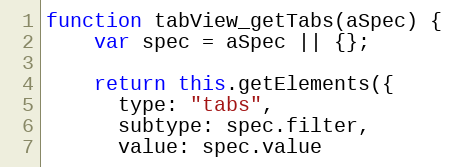
Language: JavaScript
function tabView_getTabs(aSpec) {
    var spec = aSpec || {};

    return this.getElements({
      type: "tabs",
      subtype: spec.filter,
      value: spec.value